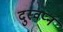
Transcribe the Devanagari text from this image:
दुस्वप्न